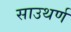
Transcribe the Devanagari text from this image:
साउथर्ण